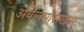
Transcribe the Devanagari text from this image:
अबेलमोसखस